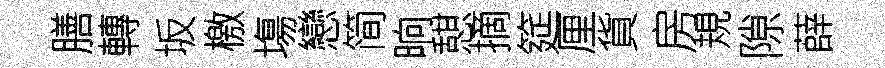
膳轉坂檄塲戀简晌憇摘筵厘貨房規隙薛